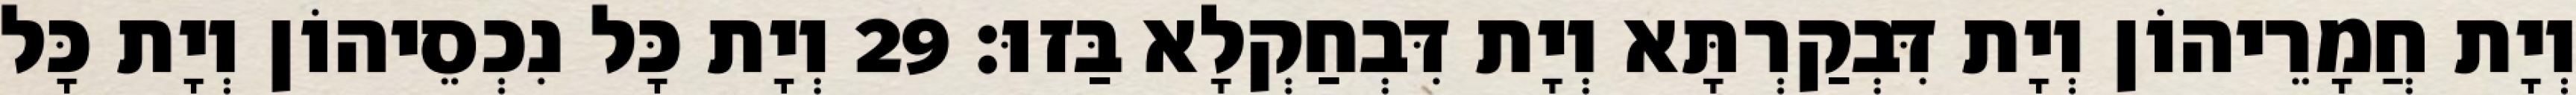
וְיָת חֲמָרֵיהוֹן וְיָת דִּבְקַרְתָּא וְיָת דִּבְחַקְלָא בַּזוּ׃ 29 וְיָת כָּל נִכְסֵיהוֹן וְיָת כָּל